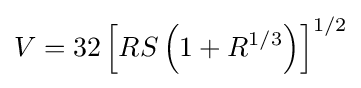
V=32\left[RS\left(1+R^{1/3}\right)\right]^{1/2}